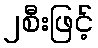
၂စီးဖြင့်